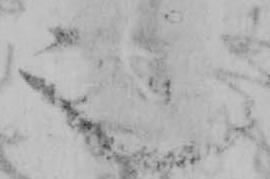
也